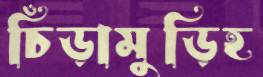
চিঁড়ামুড়িহ